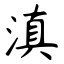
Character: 滇